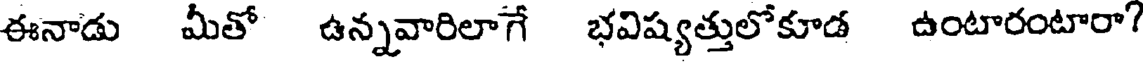
ఈనాడు మీతో ఉన్నవారిలాగే భవిష్యత్తులోకూడ ఉంటారంటారా?